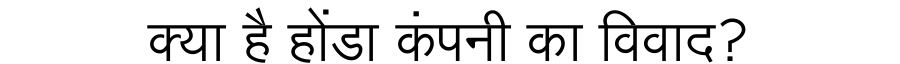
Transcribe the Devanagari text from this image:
क्या है होंडा कंपनी का विवाद?